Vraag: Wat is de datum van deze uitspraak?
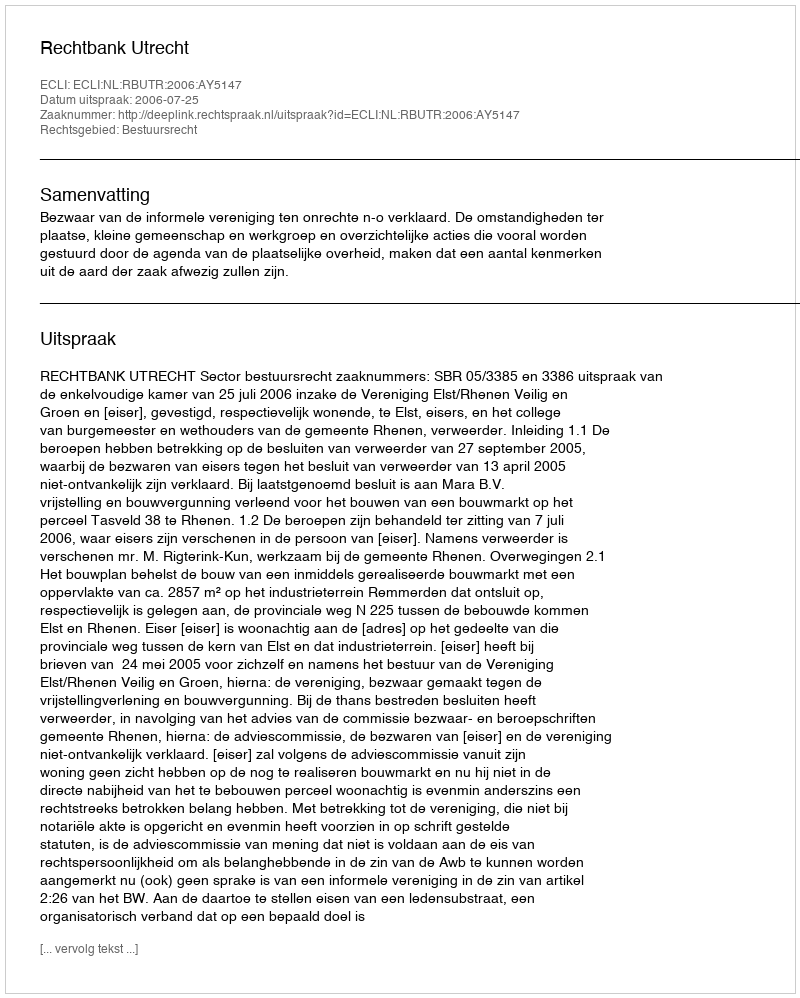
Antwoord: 2006-07-25